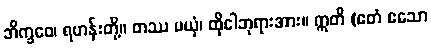
ဘိက္ခဝေ၊ ရဟန်းတို့။ တဿ မယှံ၊ ထိုငါဘုရားအား။ ဣတိ (ဧတံ ဧသော